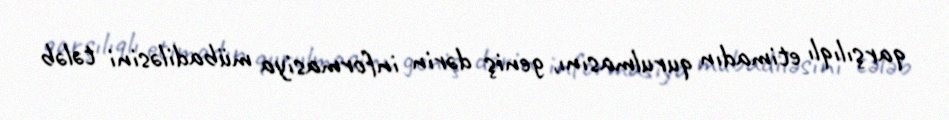
qarşılıqlı etimadın qurulmasını, geniş dərin informasiya mübadiləsini tələb